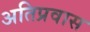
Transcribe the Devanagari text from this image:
अतिप्रवास